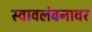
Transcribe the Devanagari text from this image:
स्वावलंबनावर